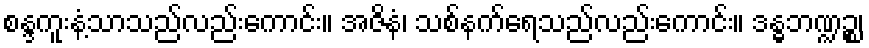
စန္ဒကူးနံ့သာသည်လည်းကောင်း။ အဇိနံ၊ သစ်နက်ရေသည်လည်းကောင်း။ ဒန္ဓဘဏ္ဍဉ္စ၊